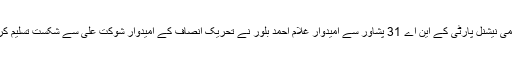
عوامی نیشنل پارٹی کے این اے 31 پشاور سے امیدوار غلام احمد بلور نے تحریک انصاف کے امیدوار شوکت علی سے شکست تسلیم کرلی۔